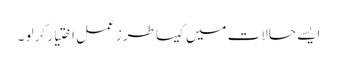
ایسے حالات میں کیسا طرزِ عمل اختیار کر لو ۔